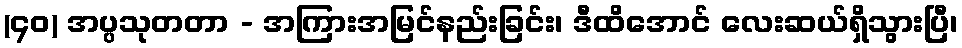
(၄၀) အပ္ပသုတတာ - အကြားအမြင်နည်းခြင်း၊ ဒီထိအောင် လေးဆယ်ရှိသွားပြီ၊